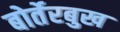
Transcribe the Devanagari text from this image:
बोर्तेरबुख